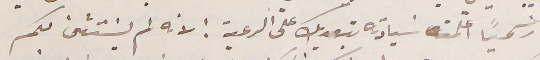
رسمياً اعلمت سَيادته بتعديك على الرعية : لانه لم يسَتثنى لكم